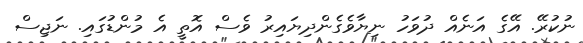
ނުކުރޭ. އޭގެ އަނެއް ދުވަހު ނިޔާވެގެންދިޔައިރު ވެސް އޮތީ އެ މުންޑުގައި. ނަޖިސް